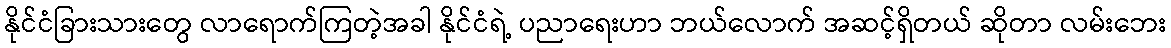
နိုင်ငံခြားသားတွေ လာရောက်ကြတဲ့အခါ နိုင်ငံရဲ့ ပညာရေးဟာ ဘယ်လောက် အဆင့်ရှိတယ် ဆိုတာ လမ်းဘေး